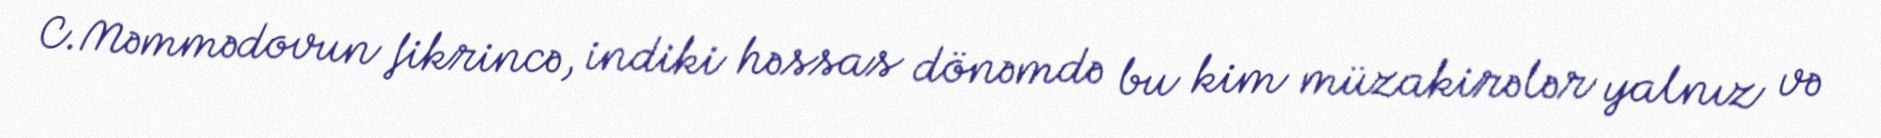
C.Məmmədovun fikrincə, indiki həssas dönəmdə bu kim müzakirələr yalnız və